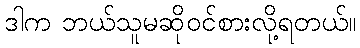
ဒါက ဘယ်သူမဆိုဝင်စားလို့ရတယ်။